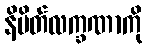
နိမိတ်လက္ခဏာကို